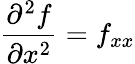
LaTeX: {\frac{\partial^{2}f}{\partial x^{2}}}=f_{xx}